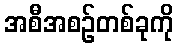
အစီအစဉ်တစ်ခုကို